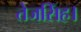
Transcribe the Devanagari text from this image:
तेजसिंह।